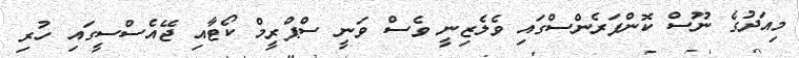
މިއަދުގެ ނޫސް ކޮންފަރެންސްގައި ވެލެޒިނީ ވެސް ވަނީ ސްޕްރީމް ކޯޓާއި ޖޭއެސްސީގައި ހުރި